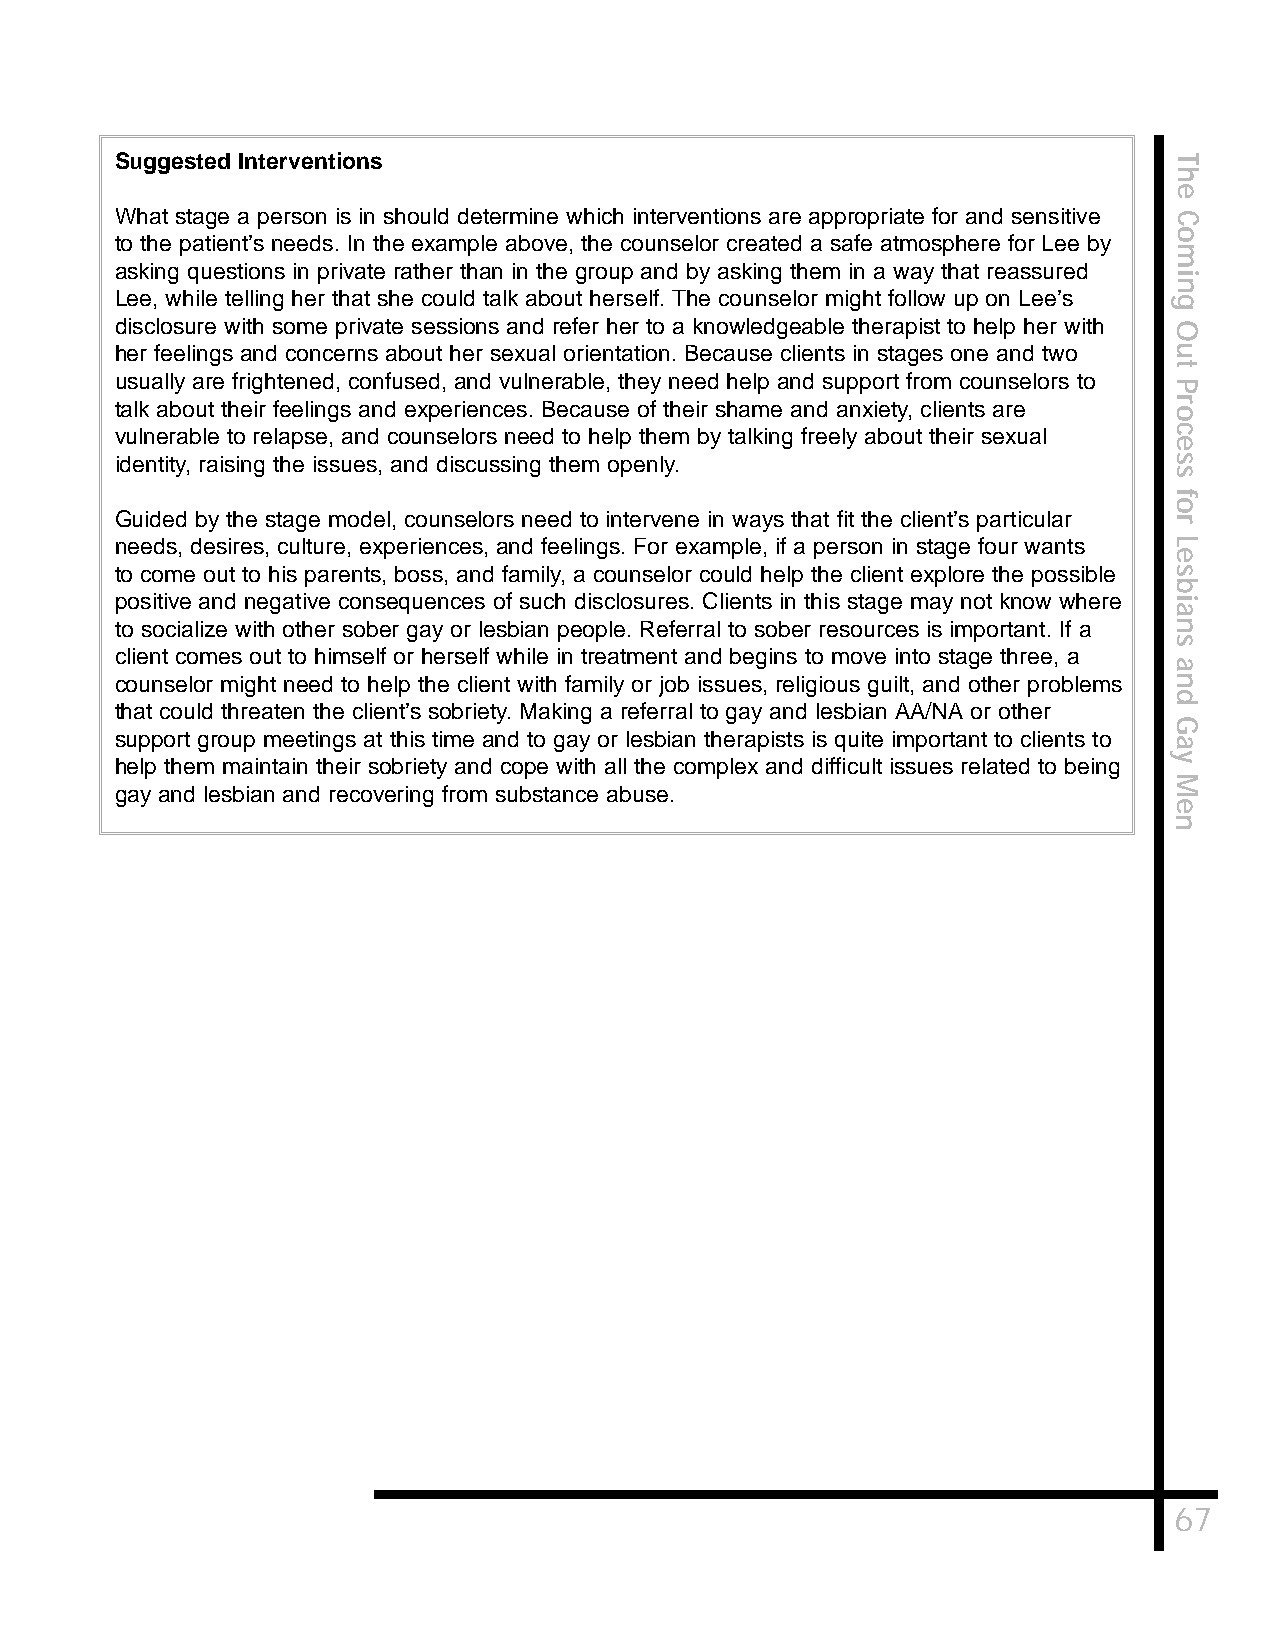
Suggested Interventions                                               T
 h
 e
 What stage a person is in should determine which interventions are appropriate for and sensitive C
 o
 to the patient’s needs. In the example above, the counselor created a safe atmosphere for Lee by
 m
 asking questions in private rather than in the group and by asking them in a way that reassured
 i
 n
 Lee, while telling her that she could talk about herself. The counselor might follow up on Lee’s g
 disclosure with some private sessions and refer her to a knowledgeable therapist to help her with O
 her feelings and concerns about her sexual orientation. Because clients in stages one and two u
 t
 usually are frightened, confused, and vulnerable, they need help and support from counselors to
 P
 talk about their feelings and experiences. Because of their shame and anxiety, clients are or
 vulnerable to relapse, and counselors need to help them by talking freely about their sexual c
 e
 identity, raising the issues, and discussing them openly.             s
 s
 f
 o
 Guided by the stage model, counselors need to intervene in ways that fit the client’s particular r
 needs, desires, culture, experiences, and feelings. For example, if a person in stage four wants L
 e
 to come out to his parents, boss, and family, a counselor could help the client explore the possible s
 b
 positive and negative consequences of such disclosures. Clients in this stage may not know where i
 a
 to socialize with other sober gay or lesbian people. Referral to sober resources is important. If a n
 s
 client comes out to himself or herself while in treatment and begins to move into stage three, a
 a
 counselor might need to help the client with family or job issues, religious guilt, and other problems n
 d
 that could threaten the client’s sobriety. Making a referral to gay and lesbian AA/NA or other
 G
 support group meetings at this time and to gay or lesbian therapists is quite important to clients to
 a
 help them maintain their sobriety and cope with all the complex and difficult issues related to being y
 M
 gay and lesbian and recovering from substance abuse.
 e
 n
 67